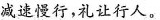
减速慢行，礼让行人